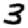
Digit: 3